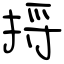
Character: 捋